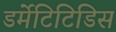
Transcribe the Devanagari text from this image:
डर्मेटिटिडिस